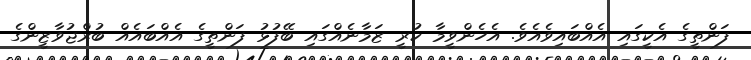
ފަންތީގެ އެކީގައި އެއްބައިވެއެވެ. އެހެންވީމާ ކުރީ ޒަމާނެއްގައި ބޭފުޅު ފަންތީގެ އެއްބައެއް ބުރްޖުވާޒީންގެ